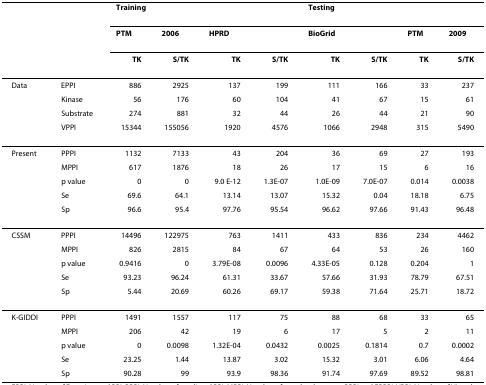
<table><thead><tr><td></td><td></td><td colspan="4"><b>Training</b></td><td colspan="4"><b>Testing</b></td></tr><tr><td></td><td></td><td><b>PTM</b></td><td><b>2006</b></td><td colspan="2"><b>HPRD</b></td><td colspan="2"><b>BioGrid</b></td><td><b>PTM</b></td><td><b>2009</b></td></tr><tr><td></td><td></td><td><b>TK</b></td><td><b>S/TK</b></td><td><b>TK</b></td><td><b>S/TK</b></td><td><b>TK</b></td><td><b>S/TK</b></td><td><b>TK</b></td><td><b>S/TK</b></td></tr></thead><tbody><tr><td>Data</td><td>EPPI</td><td>886</td><td>2925</td><td>137</td><td>199</td><td>111</td><td>166</td><td>33</td><td>237</td></tr><tr><td></td><td>Kinase</td><td>56</td><td>176</td><td>60</td><td>104</td><td>41</td><td>67</td><td>15</td><td>61</td></tr><tr><td></td><td>Substrate</td><td>274</td><td>881</td><td>32</td><td>44</td><td>26</td><td>44</td><td>21</td><td>90</td></tr><tr><td></td><td>VPPI</td><td>15344</td><td>155056</td><td>1920</td><td>4576</td><td>1066</td><td>2948</td><td>315</td><td>5490</td></tr><tr><td>Present</td><td>PPPI</td><td>1132</td><td>7133</td><td>43</td><td>204</td><td>36</td><td>69</td><td>27</td><td>193</td></tr><tr><td></td><td>MPPI</td><td>617</td><td>1876</td><td>18</td><td>26</td><td>17</td><td>15</td><td>6</td><td>16</td></tr><tr><td></td><td>p value</td><td>0</td><td>0</td><td>9.0 E-12</td><td>1.3E-07</td><td>1.0E-09</td><td>7.0E-07</td><td>0.014</td><td>0.0038</td></tr><tr><td></td><td>Se</td><td>69.6</td><td>64.1</td><td>13.14</td><td>13.07</td><td>15.32</td><td>0.04</td><td>18.18</td><td>6.75</td></tr><tr><td></td><td>Sp</td><td>96.6</td><td>95.4</td><td>97.76</td><td>95.54</td><td>96.62</td><td>97.66</td><td>91.43</td><td>96.48</td></tr><tr><td>CSSM</td><td>PPPI</td><td>14496</td><td>122975</td><td>763</td><td>1411</td><td>433</td><td>836</td><td>234</td><td>4462</td></tr><tr><td></td><td>MPPI</td><td>826</td><td>2815</td><td>84</td><td>67</td><td>64</td><td>53</td><td>26</td><td>160</td></tr><tr><td></td><td>p value</td><td>0.9416</td><td>0</td><td>3.79E-08</td><td>0.0096</td><td>4.33E-05</td><td>0.128</td><td>0.204</td><td>1</td></tr><tr><td></td><td>Se</td><td>93.23</td><td>96.24</td><td>61.31</td><td>33.67</td><td>57.66</td><td>31.93</td><td>78.79</td><td>67.51</td></tr><tr><td></td><td>Sp</td><td>5.44</td><td>20.69</td><td>60.26</td><td>69.17</td><td>59.38</td><td>71.64</td><td>25.71</td><td>18.72</td></tr><tr><td>K-GIDDI</td><td>PPPI</td><td>1491</td><td>1557</td><td>117</td><td>75</td><td>88</td><td>68</td><td>33</td><td>65</td></tr><tr><td></td><td>MPPI</td><td>206</td><td>42</td><td>19</td><td>6</td><td>17</td><td>5</td><td>2</td><td>11</td></tr><tr><td></td><td>p value</td><td>0</td><td>0.0098</td><td>1.32E-04</td><td>0.0432</td><td>0.0025</td><td>0.1814</td><td>0.7</td><td>0.0002</td></tr><tr><td></td><td>Se</td><td>23.25</td><td>1.44</td><td>13.87</td><td>3.02</td><td>15.32</td><td>3.01</td><td>6.06</td><td>4.64</td></tr><tr><td></td><td>Sp</td><td>90.28</td><td>99</td><td>93.9</td><td>98.36</td><td>91.74</td><td>97.69</td><td>89.52</td><td>98.81</td></tr></tbody></table>